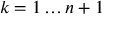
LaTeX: k = 1 \dots n + 1